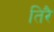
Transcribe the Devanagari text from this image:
तिरै